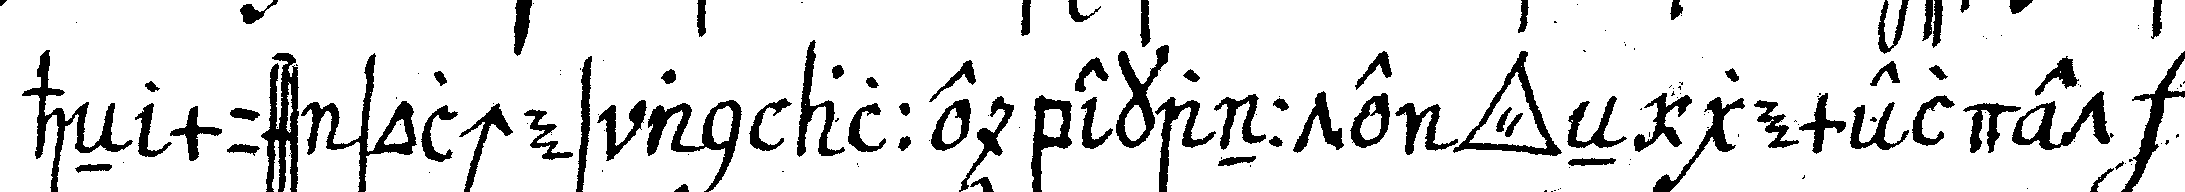
heN muss soches an alle bekannte *tri..* eN gemeldet